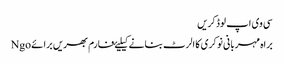
سی وی اپ لوڈ کریں
براہ مہربانی نوکری کا الرٹ بنانے کیلیۓ فارم بھریں برائے Ngo